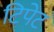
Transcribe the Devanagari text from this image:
टिपेट